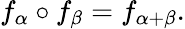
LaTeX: f_{\alpha}\circ f_{\beta}=f_{\alpha+\beta}.